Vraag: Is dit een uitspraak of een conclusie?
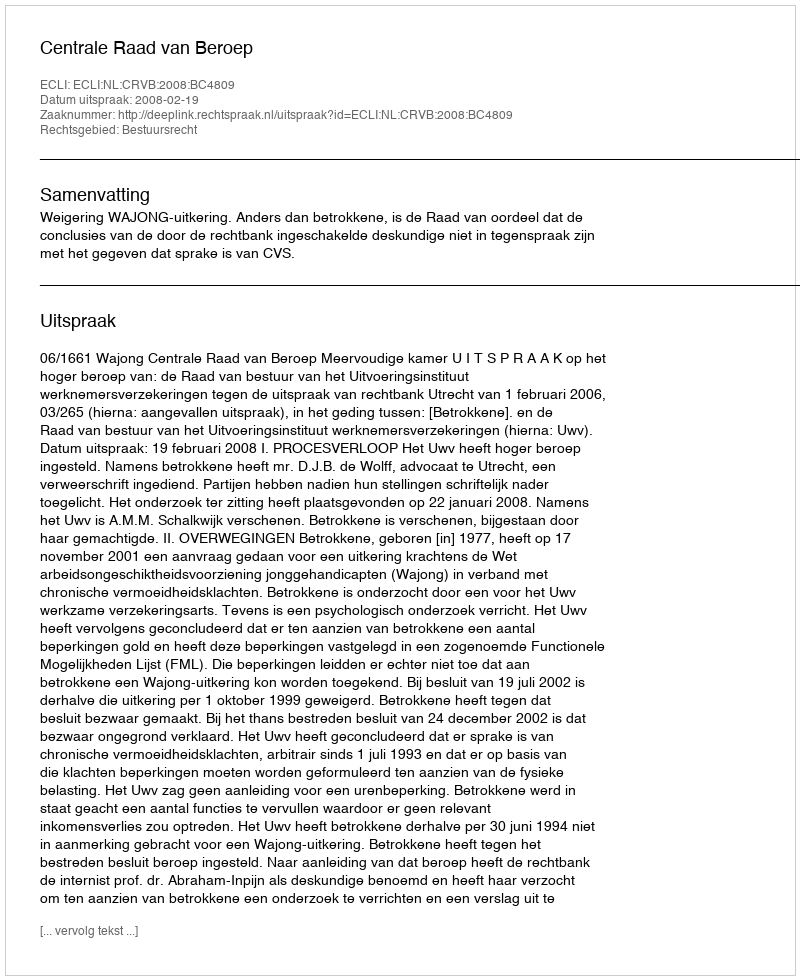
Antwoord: Uitspraak